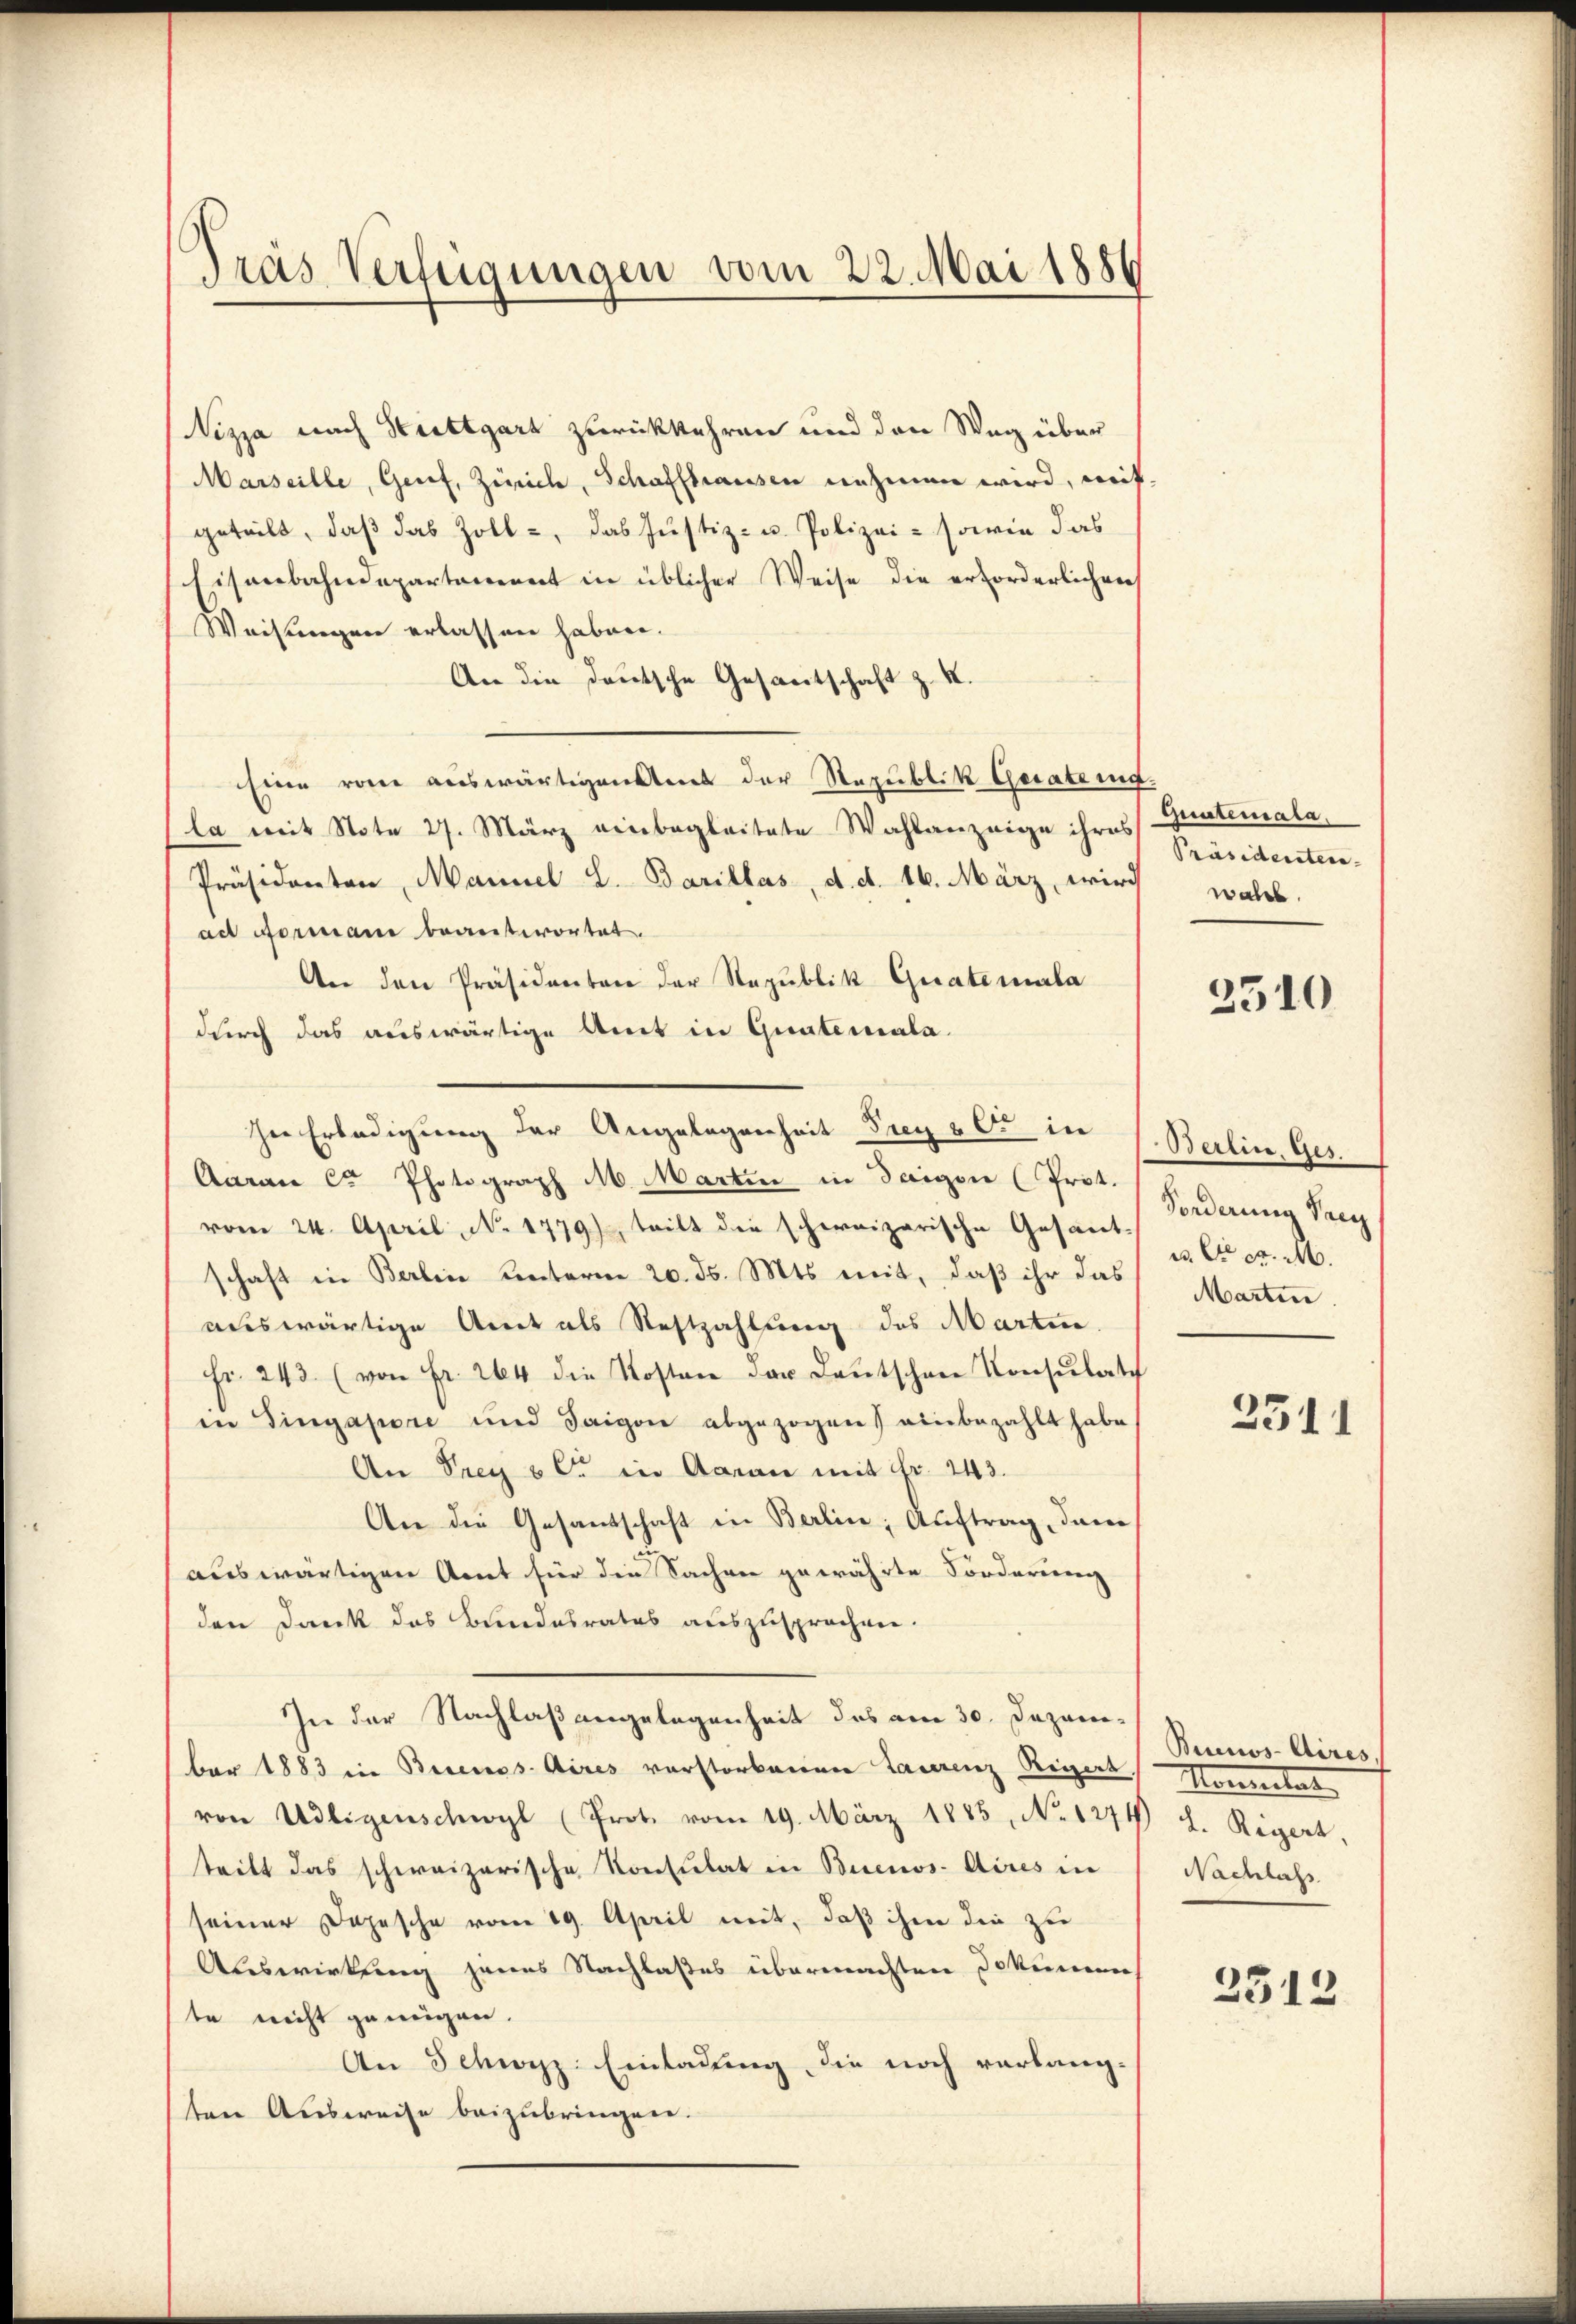
Pras Verfügungen vom 22. Mai 1886

Vizza nach Stuttgart zurückkehren und den Weg über
Marseille, Genf, Zürich, Schaffhausen nehmen wird, weit
geteilt, daß das Zoll-, das Justiz- u. Polizei- sowie das
Eisenbahndepartement in üblicher Weise die erforderlichen
Weisungen erlassen haben.
An die deutsche Gesantschaft z. X.
Eine von auswärtigen mit der Republik Geratung.
la mit Note 27. März einbegleitete Wahlanzeige ihres
Präsidenten, Mannel L. Barillas, d. d. 16. März, wird wahl.
ad Formani beantwortet.
An den Präsidenten der Republik Guatemala
durch das auswärtige Amt in Qualemala-
Aarau Cr Photograph M. Martin in Tagen (Prot.
vom 24. April, No. 1779), teilt die schweizerische Gesant-
schaft in Berlin unterm 20. ds. Mts. mit, daß ihr das
auswärtige Amt als Restzahlung des Martin.
Fr. 243. (von Fr. 264 die Kosten der Deutschen Konsulat
in Singapore und Saigon abgezogen einbezahlt habe
An Frey ser in Aarau mit Fr. 243.
An die Gesandschaft in Berlin, Auftrag, dann
auswärtigen Sont für die Sachen gewährte Forderung
den Dank des Bundesrates auszusprochen.
In der Nachlaßangelegenheit des am 30. Dezember 1883 in Berecess Aires verstorbenen Laurenz Rigert,
von Adligenschwyl (Prot. vom 19. März 1885, No. 1274)
teilt das schweizerische Konsulat in Buenos-Aires in
seiner Dojesche vom 19. April mit, daß ihm die zu
Auswirkung jenes Nachlaßes übermachten Jokumen
te nicht genügen.
An Schwyz: Einladung, die noch verlang-
ten Ausweise beizubringen.

ser Erledigung der Angelegenheit Frey vor in

Guntemata.
Präsidenstein- |

2510

Berlin, Ges.
Forderung Prey
. C c. M.
Martin.

2511

Buenos-Aires,
Momentar
L. Regert,
Nachlass

2312